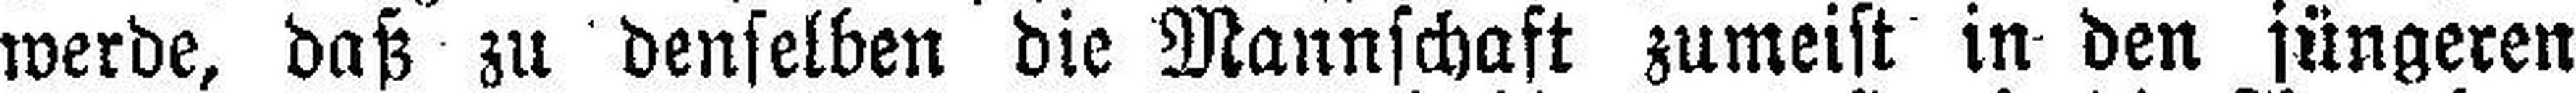
werde, daß zu denselben die Mannschaft zumeist in den jüngeren